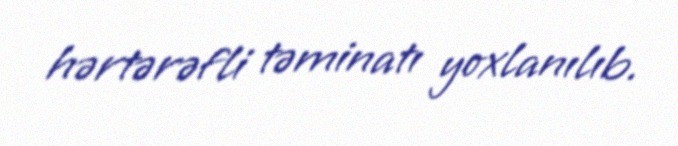
hərtərəfli təminatı yoxlanılıb.